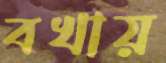
বখায়